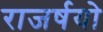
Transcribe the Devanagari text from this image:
राजर्षयो